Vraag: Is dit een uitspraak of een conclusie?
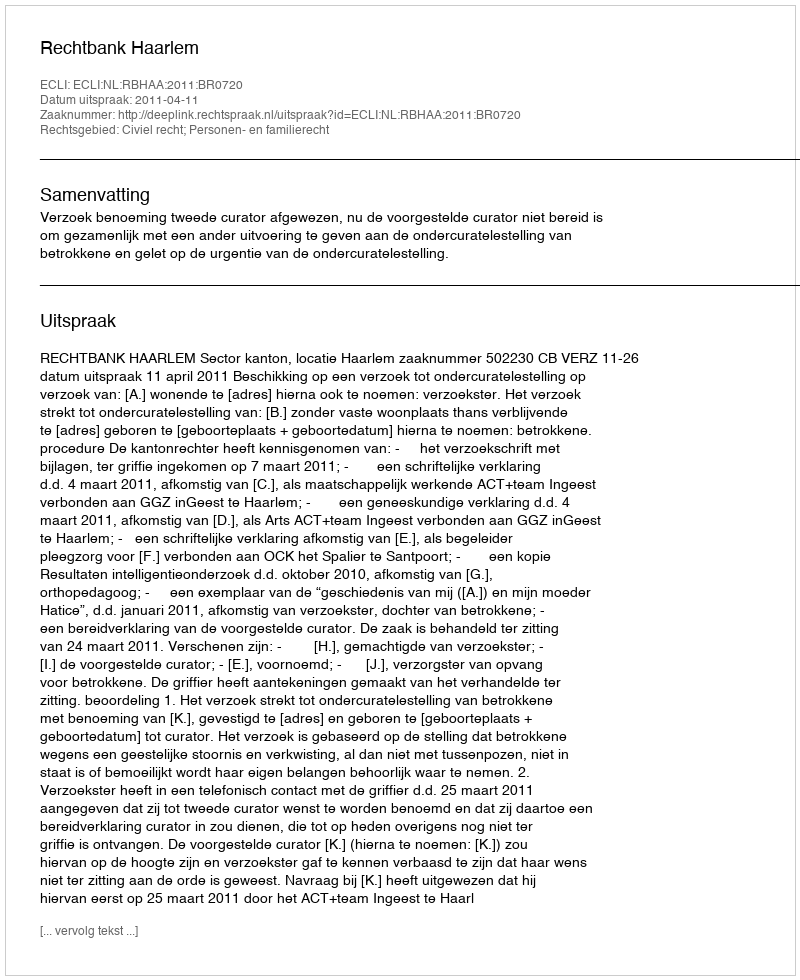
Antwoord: Uitspraak